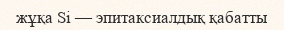
жұқа Si — эпитаксиалдық қабатты